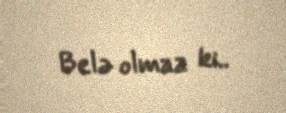
Belə olmaz ki..